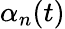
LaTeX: \alpha_{n}(t)